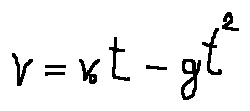
v = v _ { 0 } t - g t ^ { 2 }